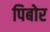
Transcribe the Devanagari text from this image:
पिबोर